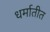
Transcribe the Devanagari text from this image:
धर्मातीत